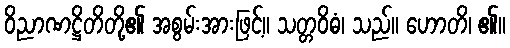
ဝိညာဏဋ္ဌိတိတို့၏ အစွမ်းအားဖြင့်။ သတ္တဝိဓံ၊ သည်။ ဟောတိ၊ ၏။